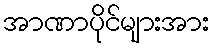
အာဏာပိုင်များအား